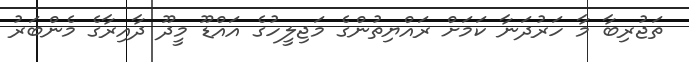
ތަޖުރިބާ މާ ހަރުދަނާ ކަމަށް ރައްޔިތުންގެ މަޖިލީހުގެ އައްޑޫ މީދޫ ދާއިރާގެ މެންބަރު